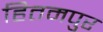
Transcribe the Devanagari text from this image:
हितमपुर